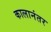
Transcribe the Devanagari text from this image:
कालानंतर